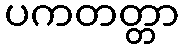
ပကတတ္တာ